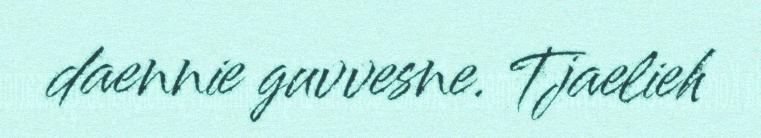
daennie guvvesne. Tjaelieh